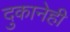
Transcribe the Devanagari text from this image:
दुकानेही